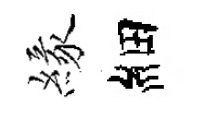
緣細